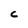
Character: C